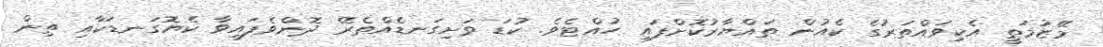
މޭޒުމަތީ އެކިވައްތަރުގެ ކެއުން ތައްޔާރުކޮށްފައި ހުއްޓެވެ. ކުޑަ ވަށިގަނޑެއްތެރޭ ދޮންވެފައިވާ ކެޔޮގަނޑަކާއި ތިން